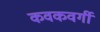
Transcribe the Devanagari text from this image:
कवकवर्गी